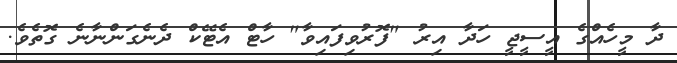
ދާ މީހެއްގެ އީސީޖީ ހަދާ އިރު "ފޮރުވިފައިވާ" ހާޓް އެޓޭކް ދެނެގަންނާނެ ގޮތެވެ.